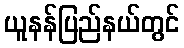
ယူနန်ပြည်နယ်တွင်